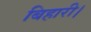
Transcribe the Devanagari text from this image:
बिहारी।